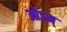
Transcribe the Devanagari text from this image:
ओऽम्‌